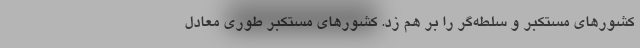
کشور‌های مستکبر و سلطه‌گر را بر هم زد. کشور‌های مستکبر طوری معادل